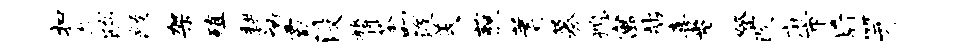
扣气鸱黻架殖耕衲霸没膂茶叨汲美藐蓍募熄寓站喜肯登改麻市后笄